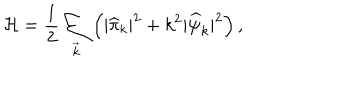
{ \cal H } = \frac { 1 } { 2 } \sum _ { \vec { k } } \left( | { \widehat \pi } _ { k } | ^ { 2 } + k ^ { 2 } | { \widehat \psi } _ { k } | ^ { 2 } \right) ,